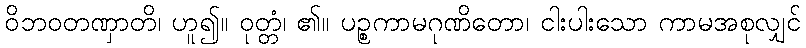
ဝိဘဝတဏှာတိ၊ ဟူ၍။ ဝုတ္တံ၊ ၏။ ပဉ္စကာမဂုဏိတော၊ ငါးပါးသော ကာမအစုလျှင်